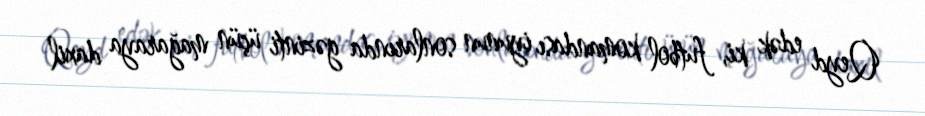
Qeyd edək ki, futbol komandası iyunun sonlarında gəzinti üçün mağaraya daxil